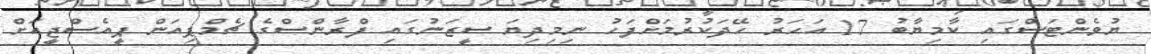
ޔުވެންޓަސްގައި ކާމިޔާބު 17 އަހަރު ހޭދަކުރުމަށްފަހު ނިމިދިޔަ ސީޒަނުގައި ފްރާންސްގެ ޗެމްޕިއަން ޕީއެސްޖީއަށް